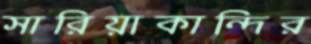
সারিয়াকান্দির